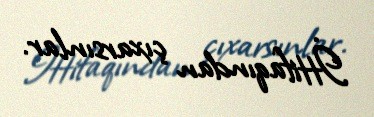
İttifaqından çıxarsınlar.